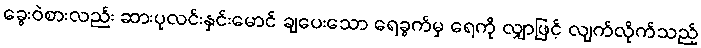
ခွေးဝဲစားလည်း ဆားပုလင်းနှင်းမောင် ချပေးသော ရေခွက်မှ ရေကို လျှာဖြင့် လျက်လိုက်သည့်